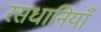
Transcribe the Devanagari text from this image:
रसधानियाँ